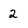
Character: 2